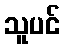
သူပင်